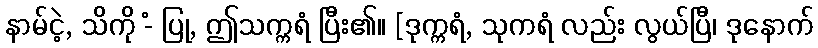
နာမ်ငဲ့, သိကို -ံ ပြု, ဤသက္ကရံ ပြီး၏။ [ဒုက္ကရံ, သုကရံ လည်း လွယ်ပြီ၊ ဒုနောက်